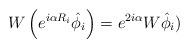
LaTeX: \begin{align*}W\left( e^{i \alpha R_i} \hat \phi_i \right) = e^{2 i \alpha} W \hat \phi_i )\end{align*}